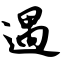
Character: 遇